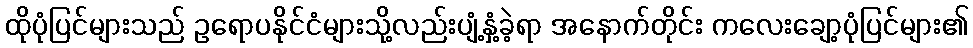
ထိုပုံပြင်များသည် ဥရောပနိုင်ငံများသို့လည်းပျံ့နှံ့ခဲ့ရာ အနောက်တိုင်း ကလေးချော့ပုံပြင်များ၏